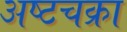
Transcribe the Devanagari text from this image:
अष्टचक्रा